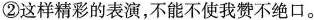
②这样精彩的表演，不能不使我赞不绝口。